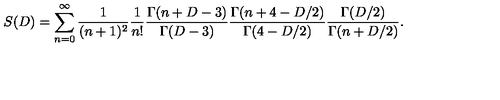
S ( D ) = \sum _ { n = 0 } ^ { \infty } { \frac { 1 } { ( n + 1 ) ^ { 2 } } } { \frac { 1 } { n ! } } { \frac { \Gamma ( n + D - 3 ) } { \Gamma ( D - 3 ) } } { \frac { \Gamma ( n + 4 - D / 2 ) } { \Gamma ( 4 - D / 2 ) } } { \frac { \Gamma ( D / 2 ) } { \Gamma ( n + D / 2 ) } } .